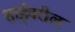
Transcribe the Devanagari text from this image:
शाईवरील